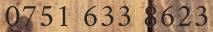
0751 633 8623